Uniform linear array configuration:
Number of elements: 12
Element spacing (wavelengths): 0.5
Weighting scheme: cosine
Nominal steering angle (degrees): -60
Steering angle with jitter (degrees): -60.067
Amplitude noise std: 0.05
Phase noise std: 0.05

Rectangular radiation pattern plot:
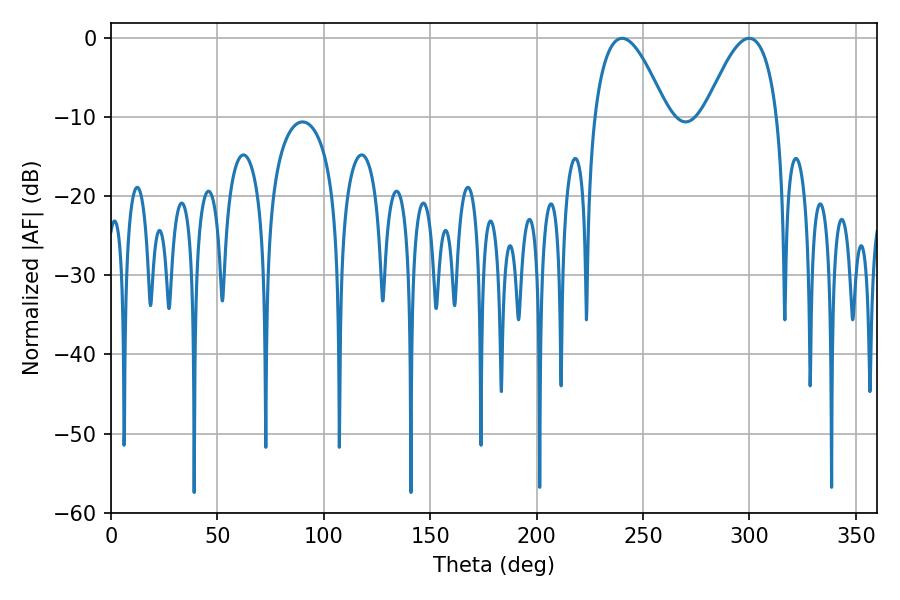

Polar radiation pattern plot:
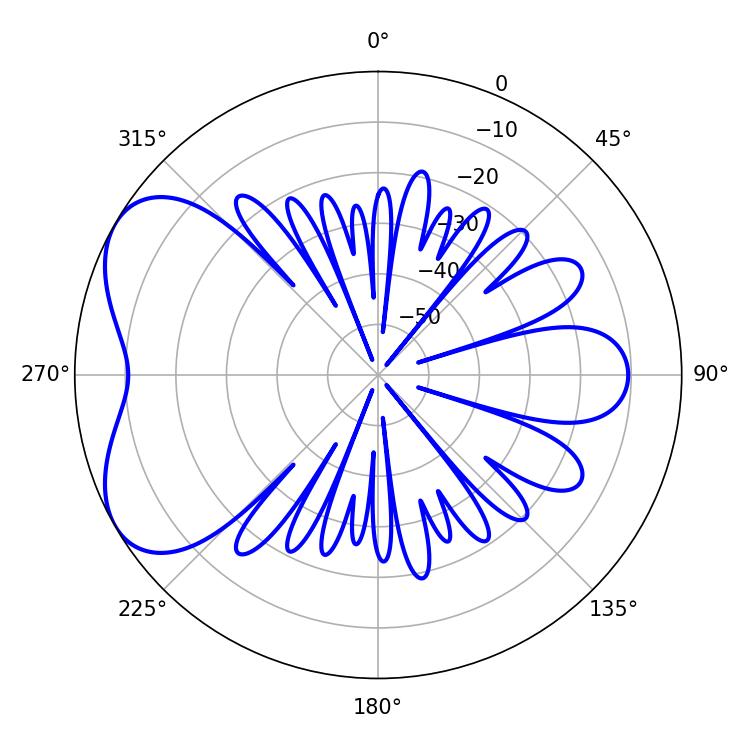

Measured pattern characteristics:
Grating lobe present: FALSE
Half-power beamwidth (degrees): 18.54
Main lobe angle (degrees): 240.12